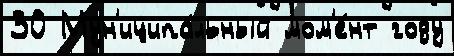
30 Мун'иципа́льный мом'е́нт году